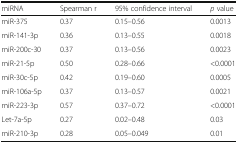
<table><thead><tr><td><b>miRNA</b></td><td><b>Spearman r</b></td><td><b>95% confidence interval</b></td><td><b><i>p</i> value</b></td></tr></thead><tbody><tr><td>miR-375</td><td>0.37</td><td>0.15–0.56</td><td>0.0013</td></tr><tr><td>miR-141-3p</td><td>0.36</td><td>0.13–0.55</td><td>0.0018</td></tr><tr><td>miR-200c-30</td><td>0.37</td><td>0.13–0.56</td><td>0.0023</td></tr><tr><td>miR-21-5p</td><td>0.50</td><td>0.28–0.66</td><td>&lt;0.0001</td></tr><tr><td>miR-30c-5p</td><td>0.42</td><td>0.19–0.60</td><td>0.0005</td></tr><tr><td>miR-106a-5p</td><td>0.37</td><td>0.13–0.57</td><td>0.0021</td></tr><tr><td>miR-223-3p</td><td>0.57</td><td>0.37–0.72</td><td>&lt;0.0001</td></tr><tr><td>Let-7a-5p</td><td>0.27</td><td>0.02–0.48</td><td>0.03</td></tr><tr><td>miR-210-3p</td><td>0.28</td><td>0.05–0.049</td><td>0.01</td></tr></tbody></table>